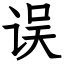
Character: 误